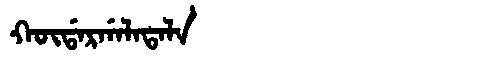
Manchu: ᡴᡡᡩᠠᡵᡤᠠᠯᠠᡨᠠᠯᠠ
Romanization: KŪDARGALATALA